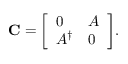
\mathbf { C } = { \left[ \begin{array} { l l } { 0 } & { A } \\ { A ^ { \dagger } } & { 0 } \end{array} \right] } .